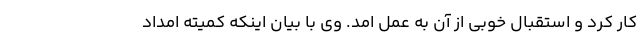
کار کرد و استقبال خوبی از آن به عمل امد. ‌وی با بیان اینکه کمیته امداد